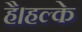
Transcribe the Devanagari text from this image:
है।हल्के